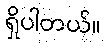
ရှိပါတယ်။